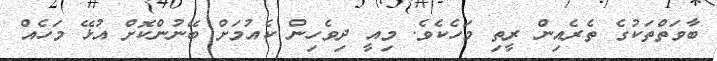
ބާވަތްތަކުގެ ތެރެއިން ރީތި މަހެކެވެ. މިއީ ދިވެހިން ކެއުމަށް ބޭނުންކޮށް އުޅޭ މަހެއް